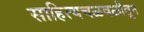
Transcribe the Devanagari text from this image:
साहित्यचळवळीतून